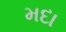
મદા